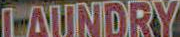
LAUNDRY